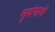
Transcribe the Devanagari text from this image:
मृदंगाचे